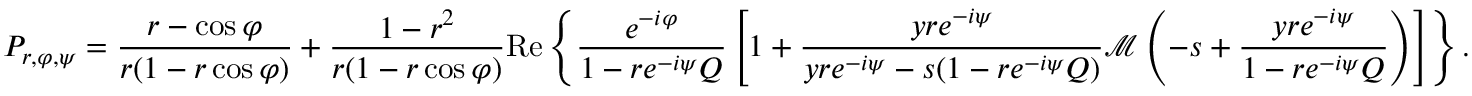
P _ { r , \varphi , \psi } = \frac { r - \cos \varphi } { r ( 1 - r \cos \varphi ) } + \frac { 1 - r ^ { 2 } } { r ( 1 - r \cos \varphi ) } \mathrm { R e } \left\{ \frac { e ^ { - i \varphi } } { 1 - r e ^ { - i \psi } Q } \left[ 1 + \frac { y r e ^ { - i \psi } } { y r e ^ { - i \psi } - s ( 1 - r e ^ { - i \psi } Q ) } \mathcal { M } \left( - s + \frac { y r e ^ { - i \psi } } { 1 - r e ^ { - i \psi } Q } \right) \right] \right\} .